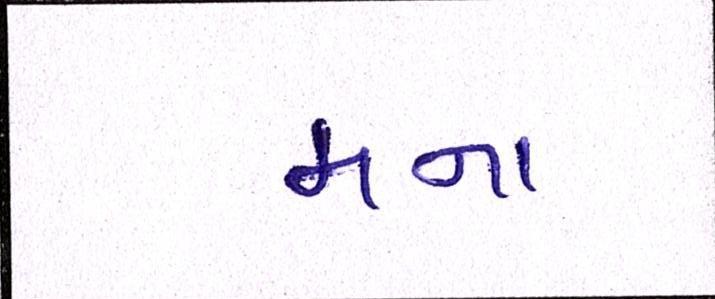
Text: મના